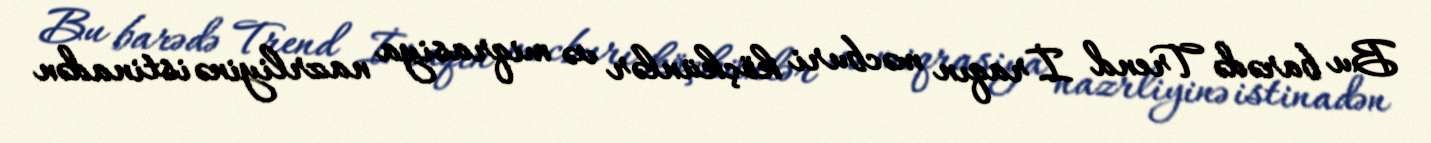
Bu barədə Trend İraqın məcburi köçkünlər və miqrasiya nazrliyinə istinadən